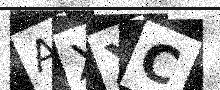
Text: AXXC